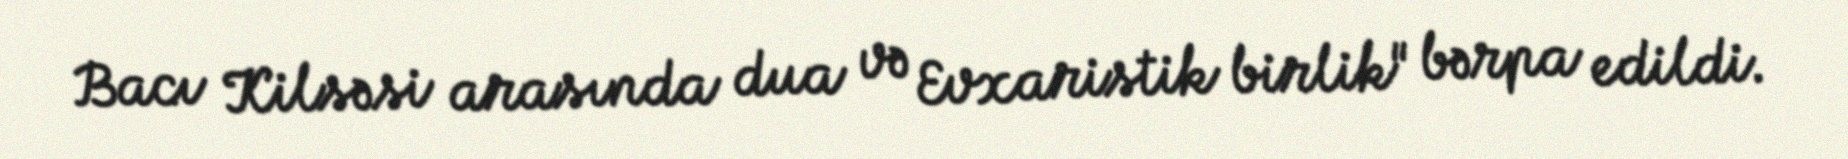
Bacı Kilsəsi arasında dua və Evxaristik birlik" bərpa edildi.